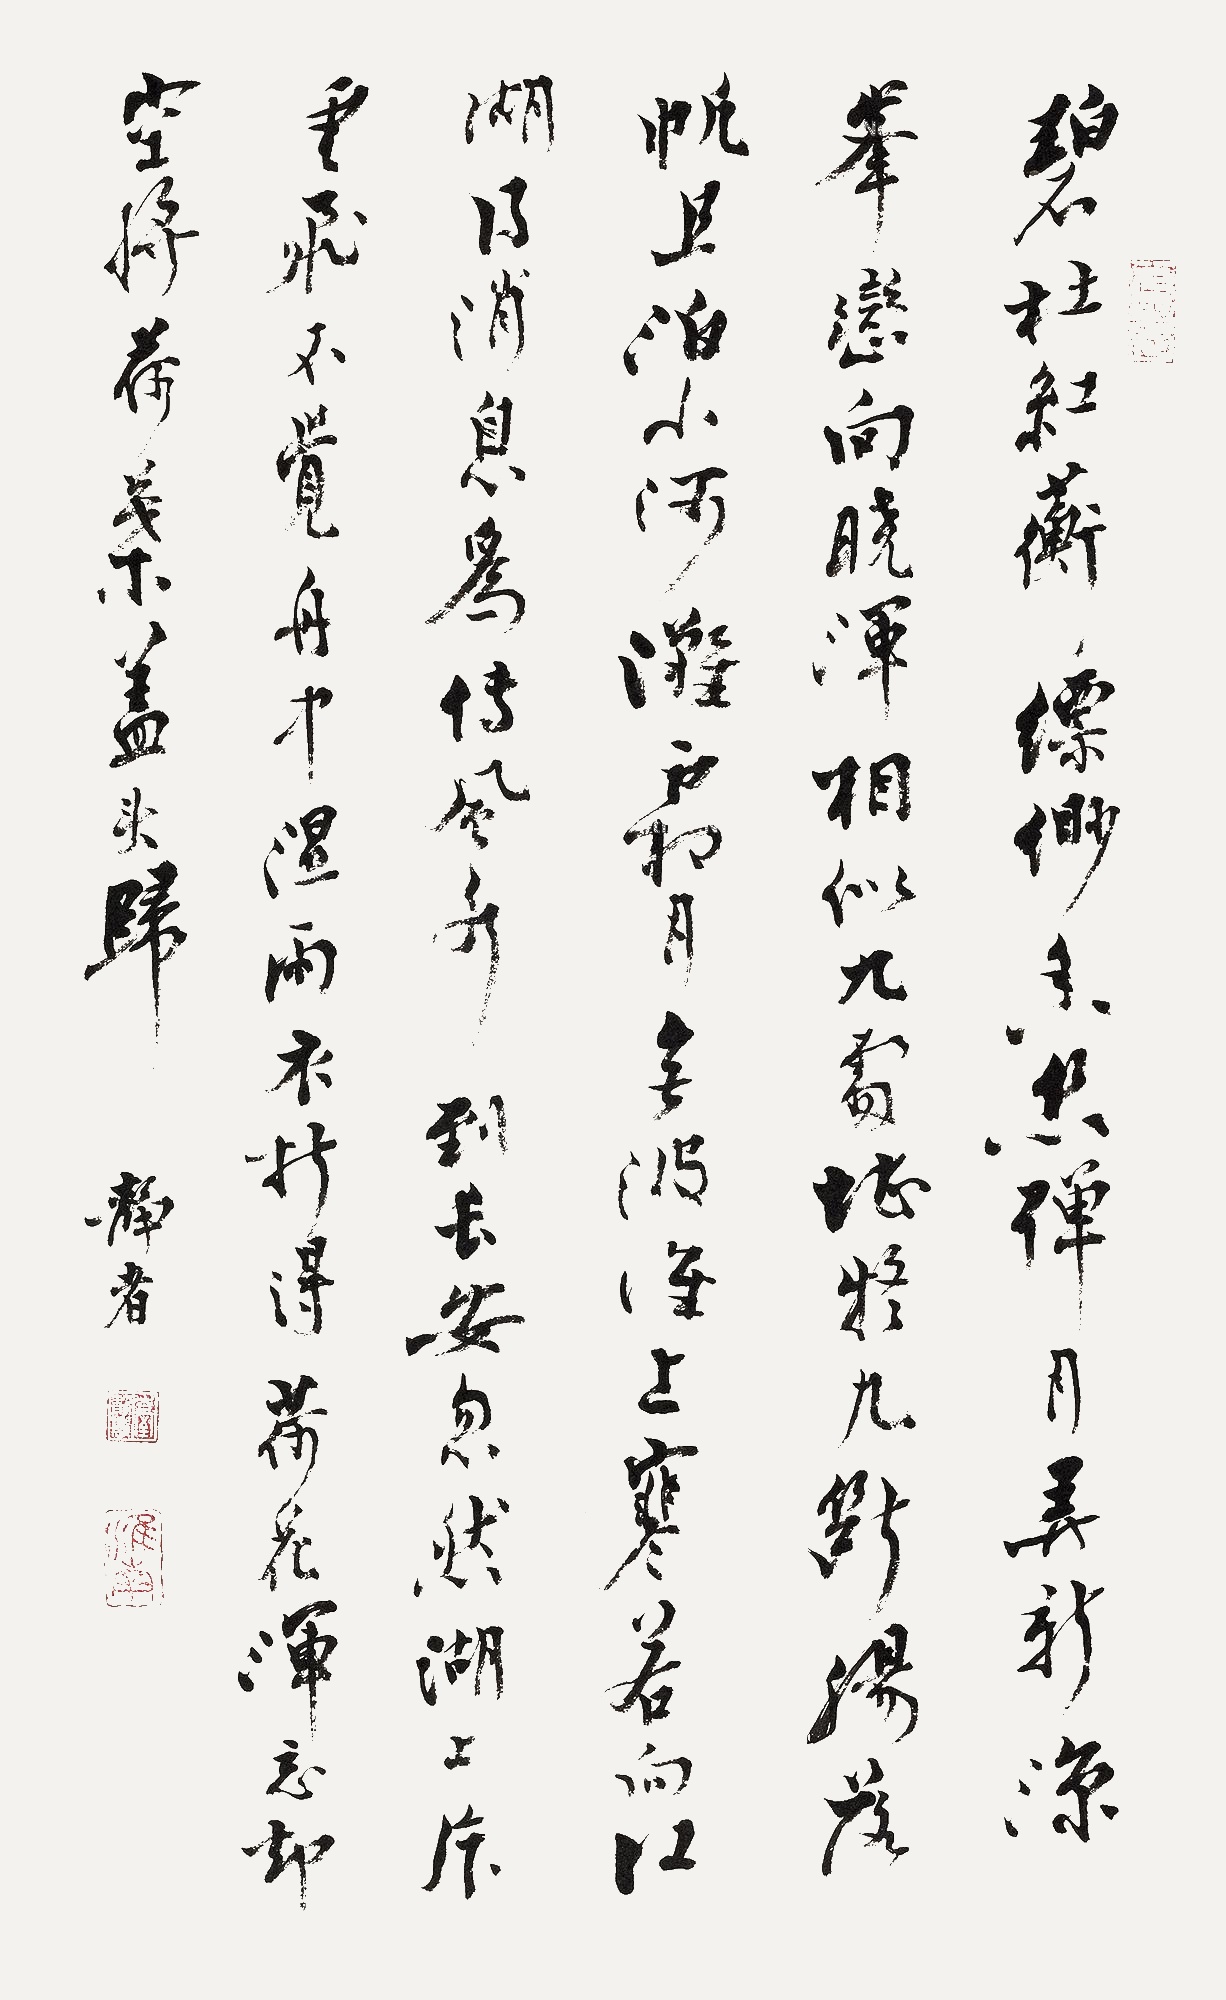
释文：碧杜红蘅缥缈香，香丝弹月弄新凉。峰峦向晓浑相似，九处堪疑九断肠。落帆且泊小河滩，霜月无波淮上寒。若向江湖得消息，为传风水到长安。忽然湖上片云飞，不觉舟中湿雨衣。折得荷花浑忘却，空将荷叶盖头归。静者。